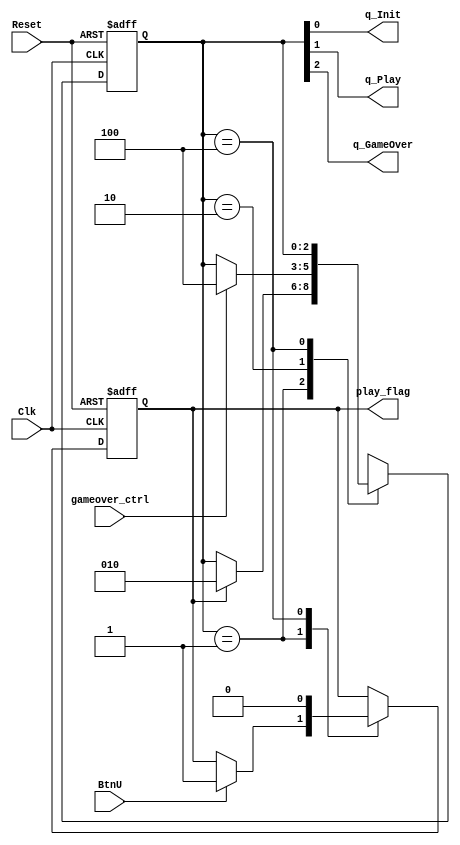
//////////////////////////////////////////////////////////////////////////////////
// Description: 	Game SM file for Nexys Starship (EE 354 Final Project).
//////////////////////////////////////////////////////////////////////////////////


module nexys_starship_game(Clk, BtnU, Reset, q_Init, q_Play, q_GameOver, 
                            play_flag, gameover_ctrl);

	/*  INPUTS */
	input	Clk, BtnU, Reset, gameover_ctrl;

	/*  OUTPUTS */
	output reg play_flag;
	output q_Init, q_Play, q_GameOver;
	
	reg [2:0] state;
	assign {q_GameOver, q_Play, q_Init} = state;
		
	localparam 	
	INIT = 3'b001, PLAY = 3'b010, GAMEOVER = 3'b100, UNK = 3'bXXX;
	
	// NSL AND SM
	always @ (posedge Clk, posedge Reset)
	begin 
		if(Reset) 
		  begin
		    play_flag <= 0;
			state <= INIT;
		  end
		else
				case(state)	
					INIT:
					begin
						/* STATE TRANSFERS */ 
						if (play_flag) state <= PLAY;
						
						/* DATA TRANSFERS */
						if (BtnU)
						    play_flag = 1; 
					end		
					PLAY: 
					begin
					    /* STATE TRANSFERS */  
					    if (gameover_ctrl) state <= GAMEOVER;
					end
					GAMEOVER:
					begin
    					/* DATA TRANSFERS */
						play_flag = 0; 	
					end
	
					default:		
						state <= UNK;
				endcase
	end
	
endmodule